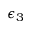
\epsilon _ { 3 }